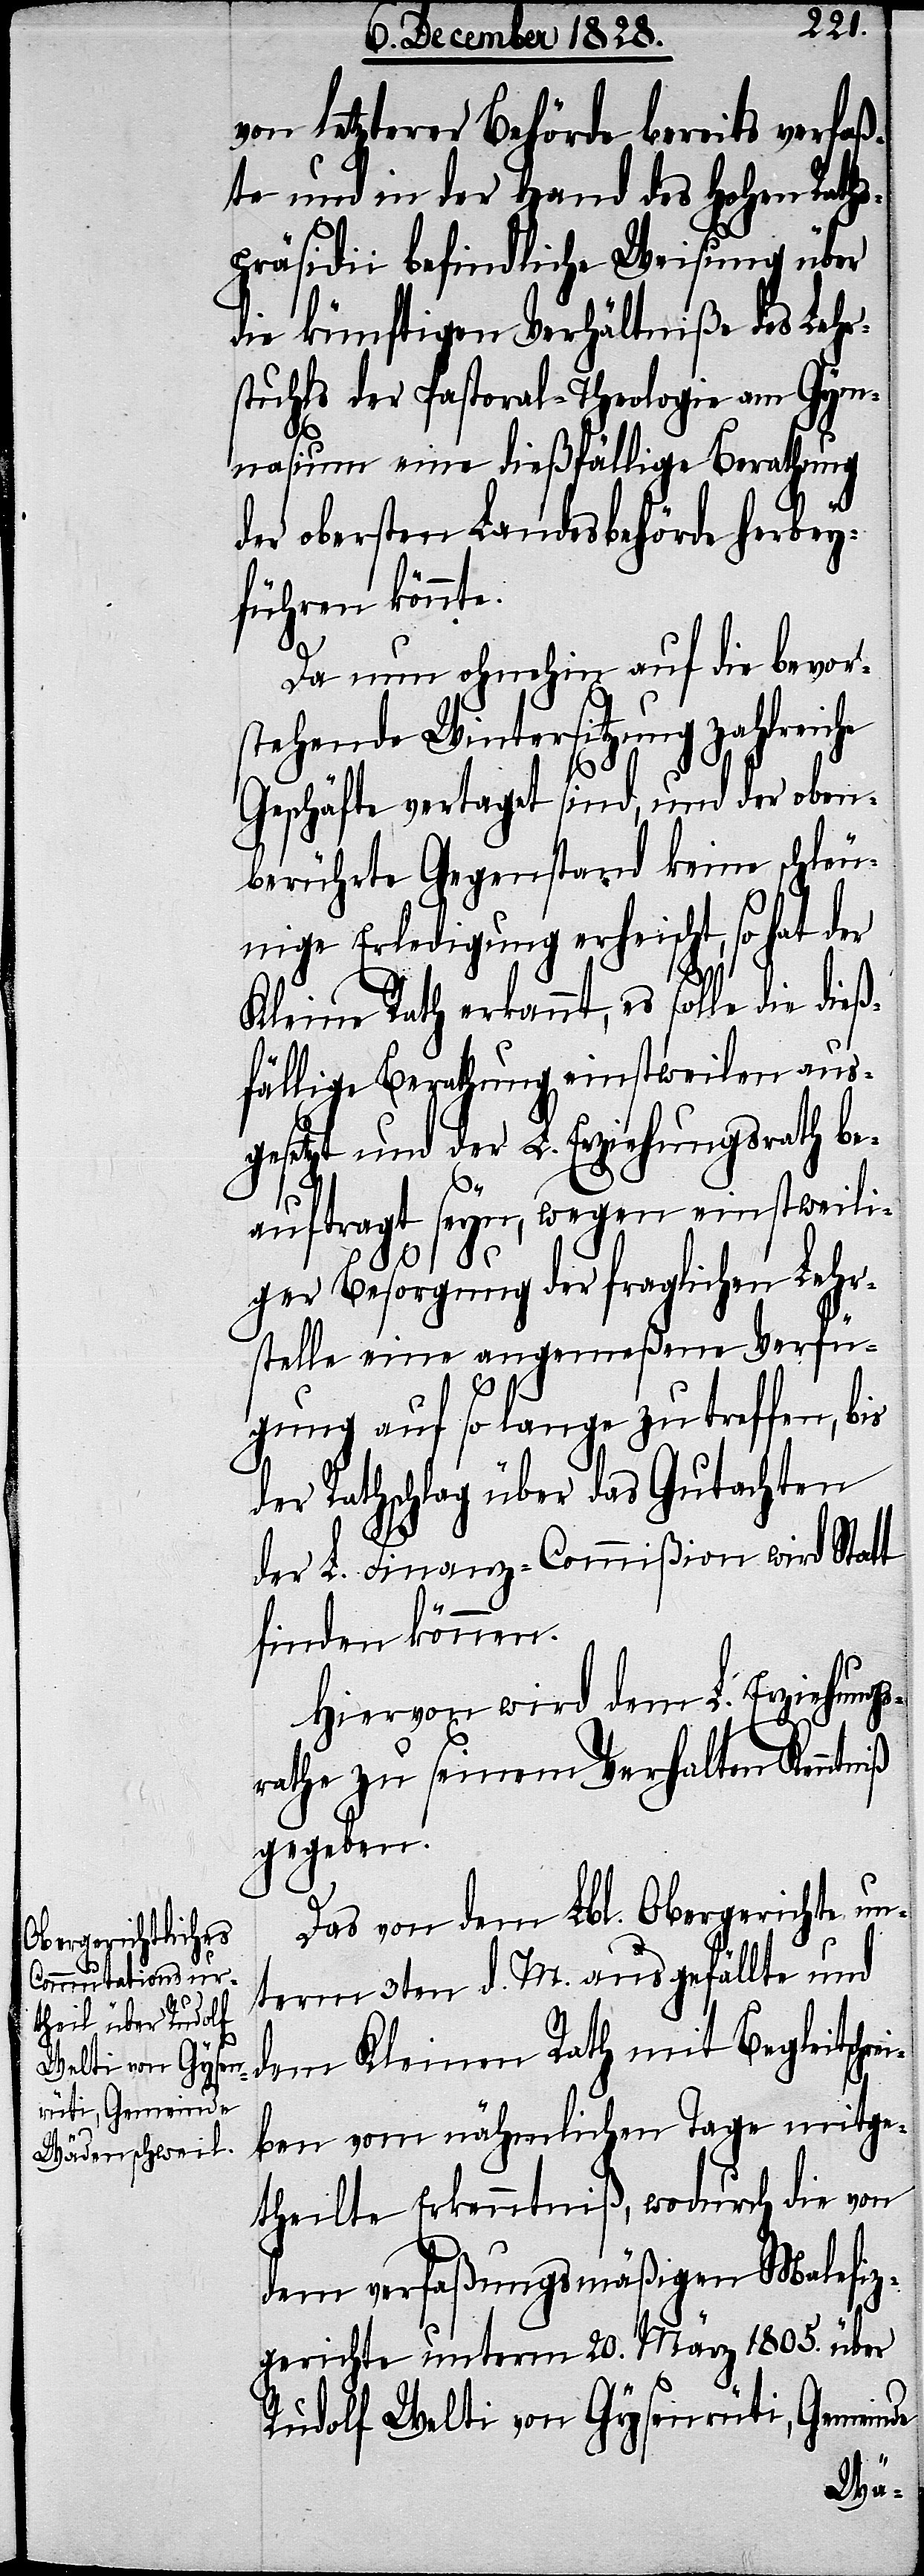
von letzterer Behörde bereits verfaß¬
ten und in der Hand des Hohen Raths¬
präsidii befindliche Weisung über
die künftigen Verhältniße des Lehr¬
stuhls der Pastoral-Theologie am Gym¬
nasium eine dießfällige Berathung
der obersten Landesbehörde herbey¬
führen könnte.
Da nun ohnehin auf die bevor¬
stehende Wintersitzung zahlreiche
Geschäfte vertaget sind, und der oben¬
berührte Gegenstand keine schleu¬
nige Erledigung erheischt, so hat der
Kleine Rath erkannt, es solle die dieß¬
fällige Berathung einstweilen aus¬
gesetzt und der L. Erziehungsrath be¬
auftragt seyn, wegen einstweili¬
ger Besorgung der fraglichen Lehr¬
stelle eine angemeßene Verfü¬
gung auf so lange zu treffen, bis
der Rathschlag über das Gutachten
der L. Finanz-Commißion wird Statt
finden können.
Hiervon wird dem L. Erziehung¬
srathe zu seinem Verhalten Kenntniß
gegeben.
Das von dem Lbl. Obergerichte un¬
term 3ten d. M. ausgefällte und
dem Kleinen Rath mit Begleitschr¬
eiben vom nähmlichen Tage mitge¬
theilte Erkenntniß, wodurch die von
dem verfaßungsmäßigen Malefiz¬
gerichte unterm 20. März 1805. über
Rudolf Welti von Gysen, Gemeinde